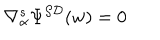
\nabla _ { \alpha } ^ { s } \Psi ^ { { \cal S D } } ( w ) = 0